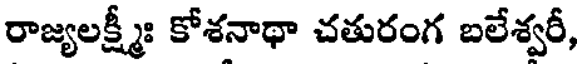
రాజ్యలక్ష్మీః కోశనాథా చతురంగ బలేశ్వరీ,